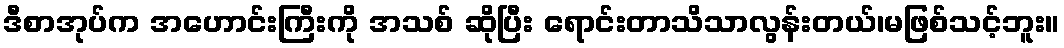
ဒီစာအုပ်က အဟောင်းကြီးကို အသစ် ဆိုပြီး ရောင်းတာသိသာလွန်းတယ်၊မဖြစ်သင့်ဘူး။